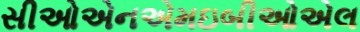
સીઓએનએમઇબીઓએલ